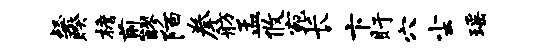
粲睽檐煎醪陌拳舫孟攸宛长卞盱穴尘瑶